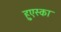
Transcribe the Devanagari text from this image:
हुएस्का